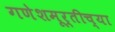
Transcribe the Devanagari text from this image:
गणेशमूर्तीच्या